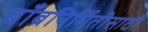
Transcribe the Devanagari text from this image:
बाँबनिर्मितीसाठी